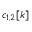
c _ { 1 , 2 } [ k ]